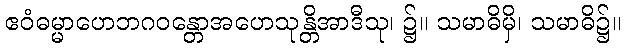
ဧဝံဓမ္မာဟေဘဂဝန္တောအဟေသုန္တိအာဒီသု၊ ၌။ သမာဓိမှိ၊ သမာဓိ၌။